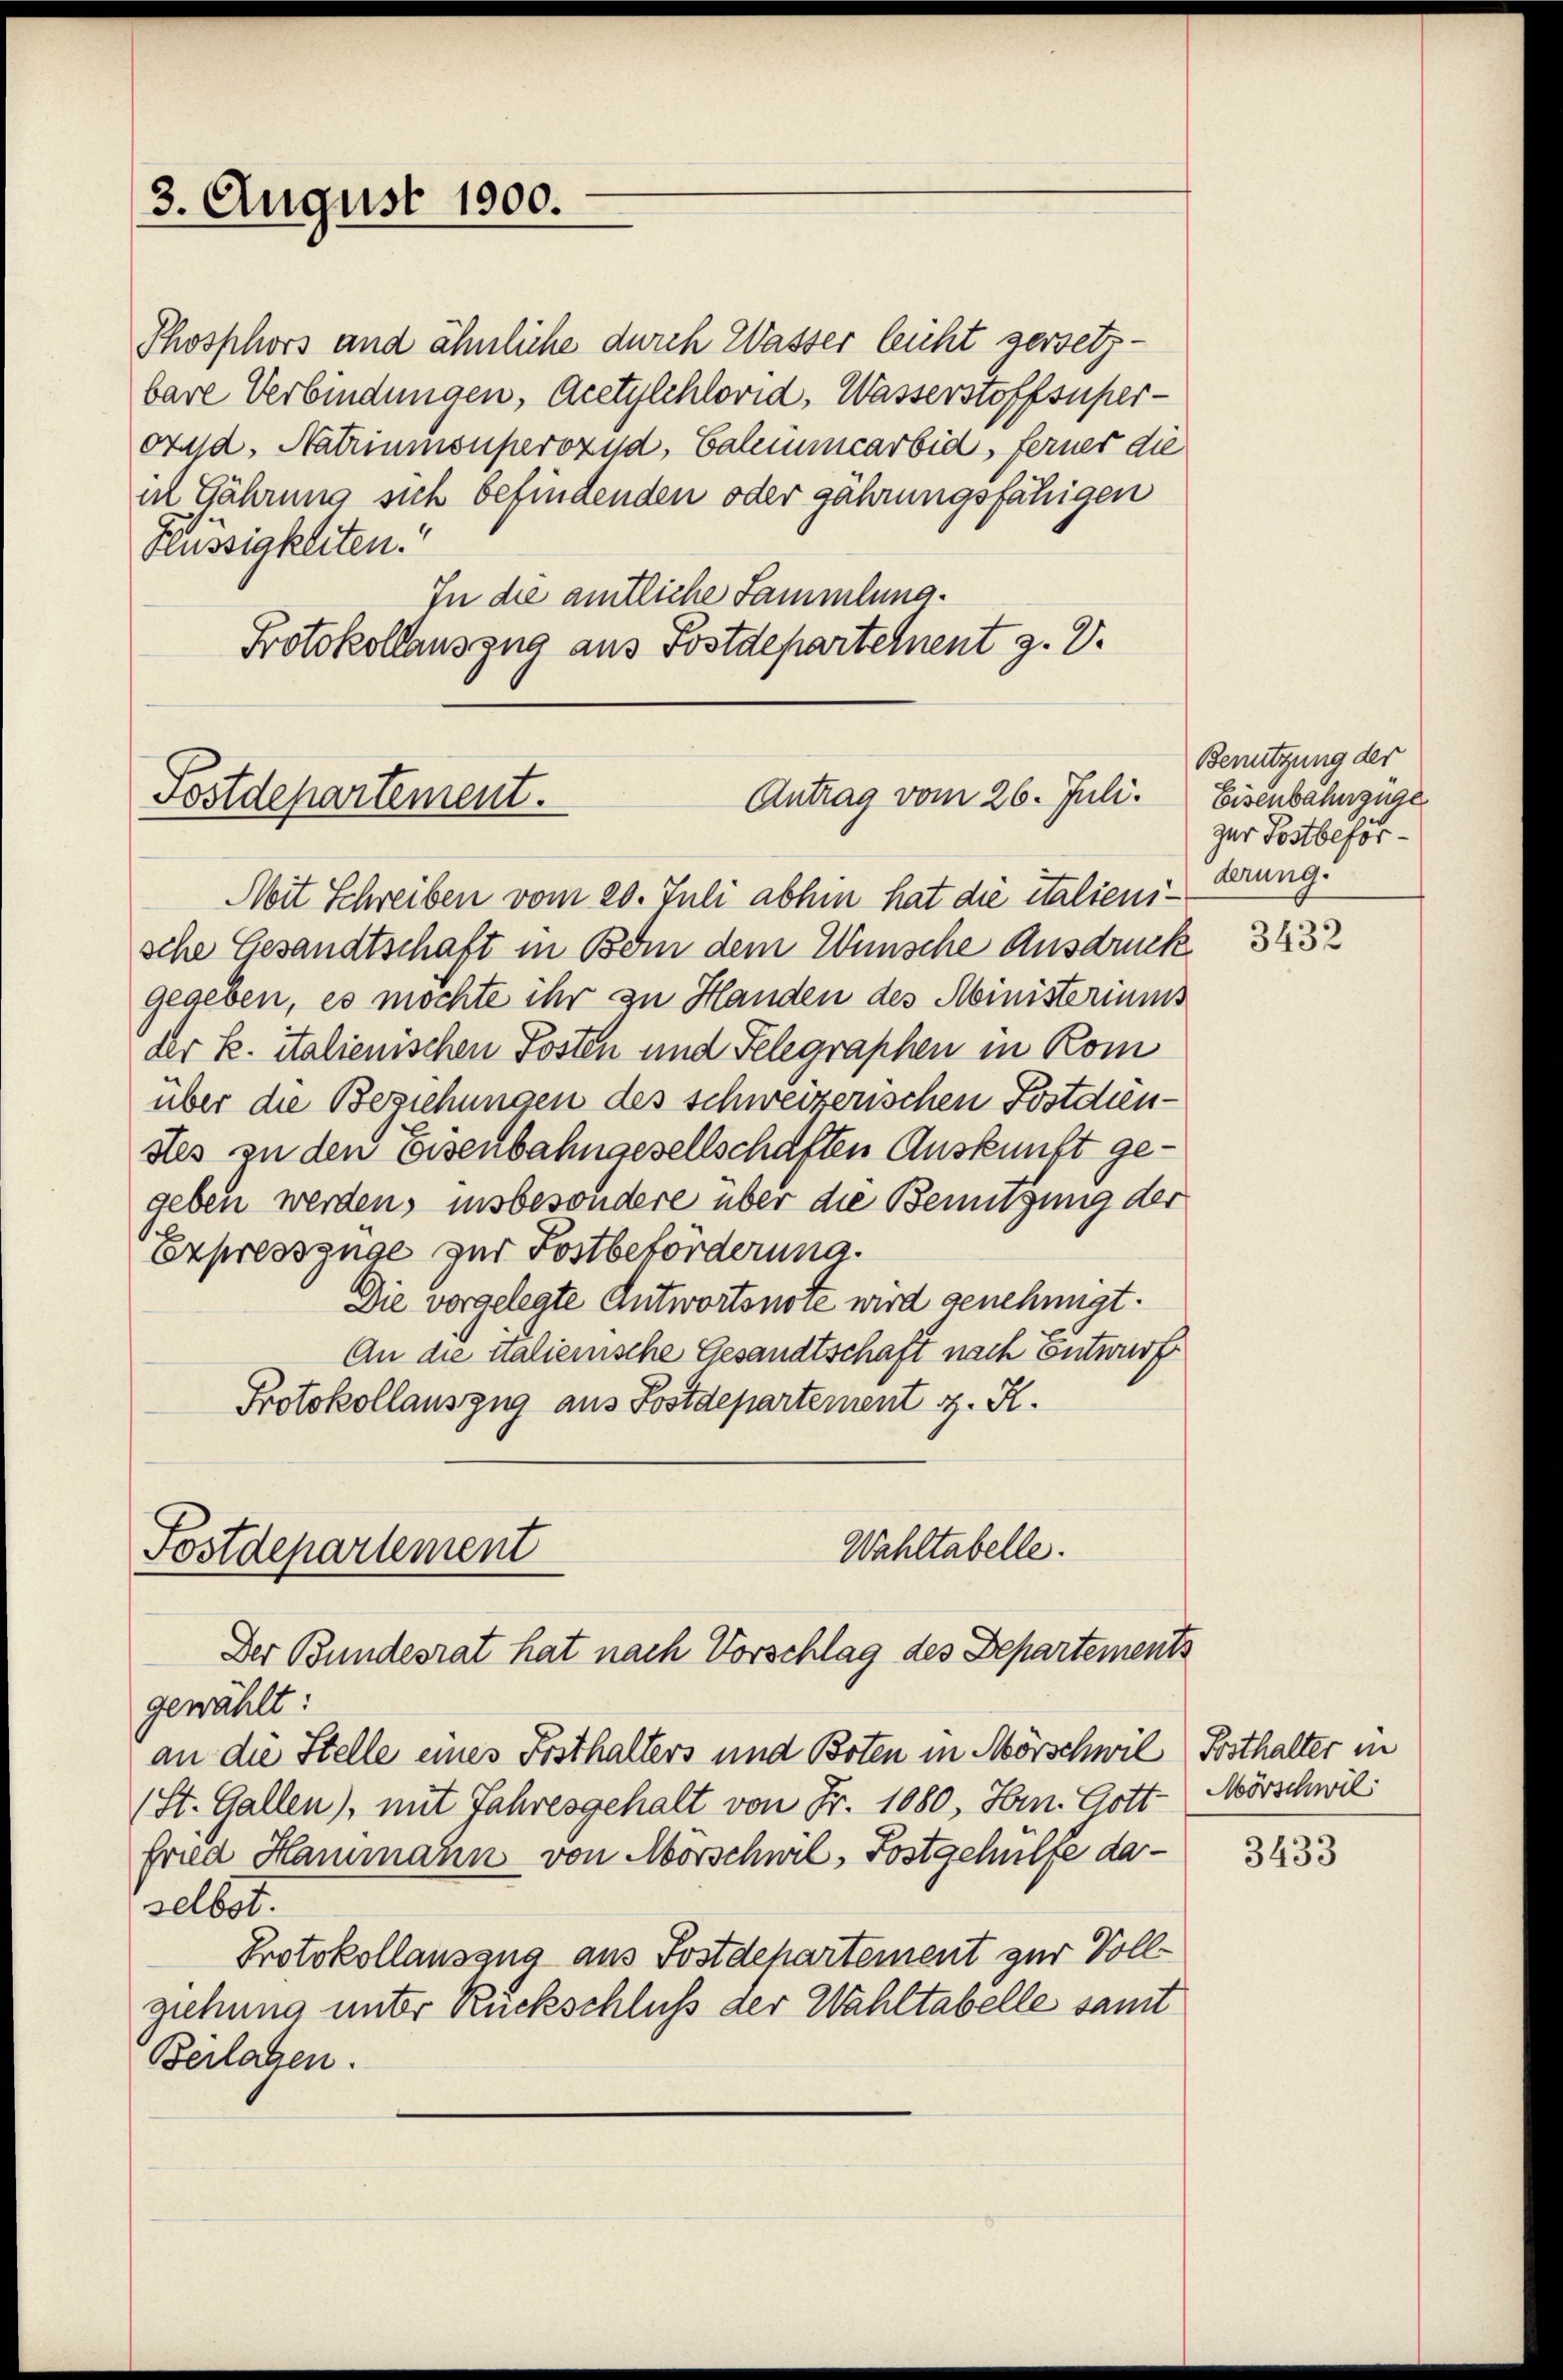
3. August 1900.

Phosphors und ähnliche durch Wasser leicht versetzbare Verbindungen, Acetylchlorid, Wasserstoffsuperorad, Natriumsuperozud, Calcuncarbid, ferner die
in Gährung sich befindenden oder jährungsfähigen
Flüssigkeiten.
In die amtliche Sammlung.
Protokollauszug aus Postdepartetent z. B.

Antrag vom 26. Juli.
Fostdepartement.

Mit Schreiben vom 20. Juli abhin hat die italienische Gesandtschaft in Bei dem Wünsche Ausdruck
gegeben, es möchte ihr zu Handen des Ministeriums
der k. italienischen Posten und Telegraphen in Kom
über die Beziehungen des schweizerischen Postdien-
stes zu den Eisenbahngesellschaften Auskunft gegeben werden, insbesondere über die Benutzung der
se
expresszüge zur Postbeförderung.
Die vorgelegte Antwortsnore wird genehmigt.
An die italienische Gesandtschaft nach entwurf
Protokollauszug aus Postdepartement z. R.
Wahltabelle.

Postdepartement
Der Bundesrat hat nach Vorschlag des Departements

gewählt:
an die Stelle eines Festhalters und Boten in Mörschwil Sosthalter in
(St. Gallen), mit Jahresgehalt von Fr. 1080, Hrn. Gott-
fried Hammann von Mörschwil, Postgehülfe daselbst.
Protokollauszug aus Postdepartement zur Vollziehung unter Rückschluß der Wahltabelle samt
Berlagen.

Benutzung der
Eisenbahnzüge
zur Postbeförderung.

3432

Mörschwil

3433